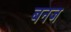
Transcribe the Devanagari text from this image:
बनज